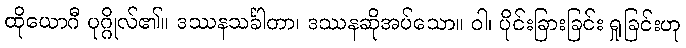
ထိုယောဂီ ပုဂ္ဂိုလ်၏။ ဒဿနသင်္ခါတာ၊ ဒဿနဆိုအပ်သော။ ဝါ၊ ပိုင်းခြားခြင်း ရှုခြင်းဟု